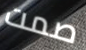
صمت